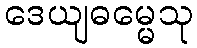
ဒေယျဓမ္မေသု